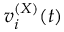
v _ { i } ^ { ( X ) } ( t )